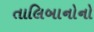
તાલિબાનોનો